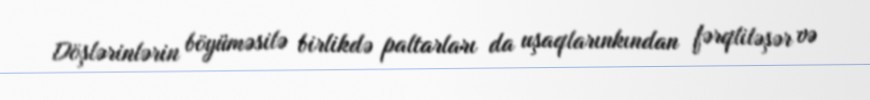
Döşlərinlərin böyüməsilə birlikdə paltarları da uşaqlarınkından fərqliləşər və